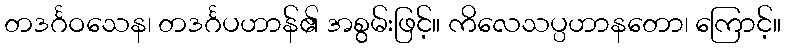
တဒင်္ဂဝသေန၊ တဒင်္ဂပဟာန်၏ အစွမ်းဖြင့်။ ကိလေသပ္ပဟာနတော၊ ကြောင့်။